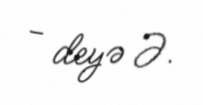
- deyə Ə.